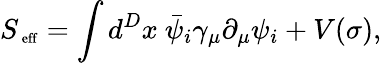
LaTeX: S_{\mathrm{\scriptsize~eff}}=\int d^{D}x~\bar{\psi}_{i}\gamma_{\mu}\partial_{\mu}\psi_{i}+V(\sigma),